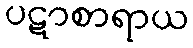
ပဋာစာရာယ